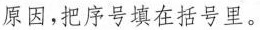
原因，把序号填在括号里。